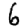
Digit: 6